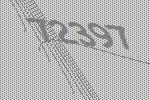
72397